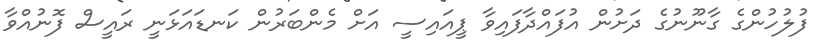
ފުލުހުންގެ ގާނޫނުގެ ދަށުން އުފައްދާފައިވާ ޕީއައިސީ އަށް މެންބަރުން ކަނޑައަޅަނީ ރައީސް ފޮނުއްވާ